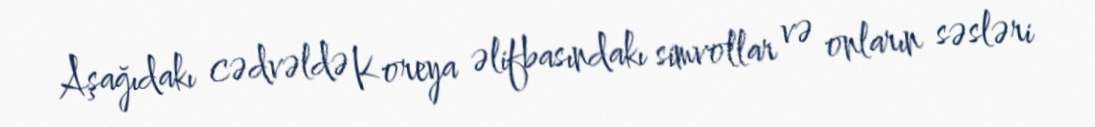
Aşağıdakı cədvəldə Koreya əlifbasındakı simvollar və onların səsləri